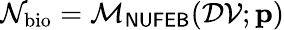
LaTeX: \mathcal{N}_{\mathrm{bio}}=\mathcal{M}_{\sf NUFEB}(\mathcal{DV};\mathbf{p})